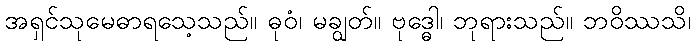
အရှင်သုမေဓာရသေ့သည်။ ဓုဝံ၊ မချွတ်။ ဗုဒ္ဓေါ၊ ဘုရားသည်။ ဘဝိဿသိ၊